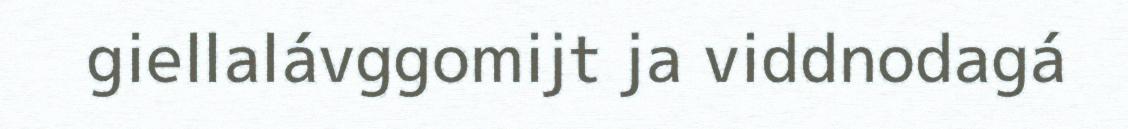
giellalávggomijt ja viddnodagá